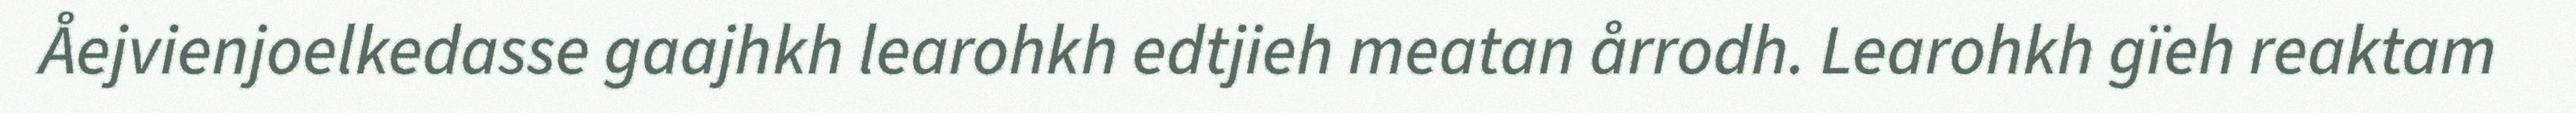
Åejvienjoelkedasse gaajhkh learohkh edtjieh meatan årrodh. Learohkh gïeh reaktam